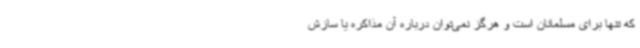
که تنها برای مسلمانان است و هرگز نمی‌توان درباره آن مذاکره یا سازش